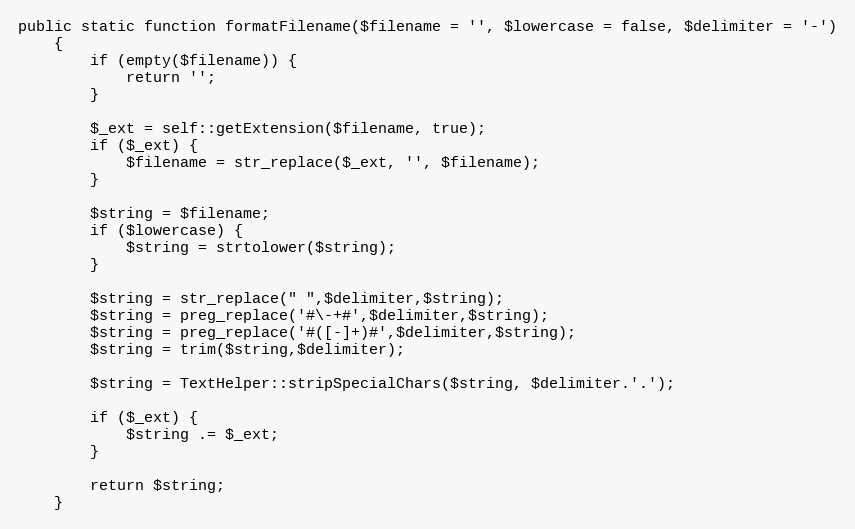
Language: PHP
public static function formatFilename($filename = '', $lowercase = false, $delimiter = '-')
    {
        if (empty($filename)) {
            return '';
        }

        $_ext = self::getExtension($filename, true);
        if ($_ext) {
            $filename = str_replace($_ext, '', $filename);
        }

        $string = $filename;
        if ($lowercase) {
            $string = strtolower($string);
        }

        $string = str_replace(" ",$delimiter,$string);
        $string = preg_replace('#\-+#',$delimiter,$string);
        $string = preg_replace('#([-]+)#',$delimiter,$string);
        $string = trim($string,$delimiter);

        $string = TextHelper::stripSpecialChars($string, $delimiter.'.');

        if ($_ext) {
            $string .= $_ext;
        }

        return $string;
    }